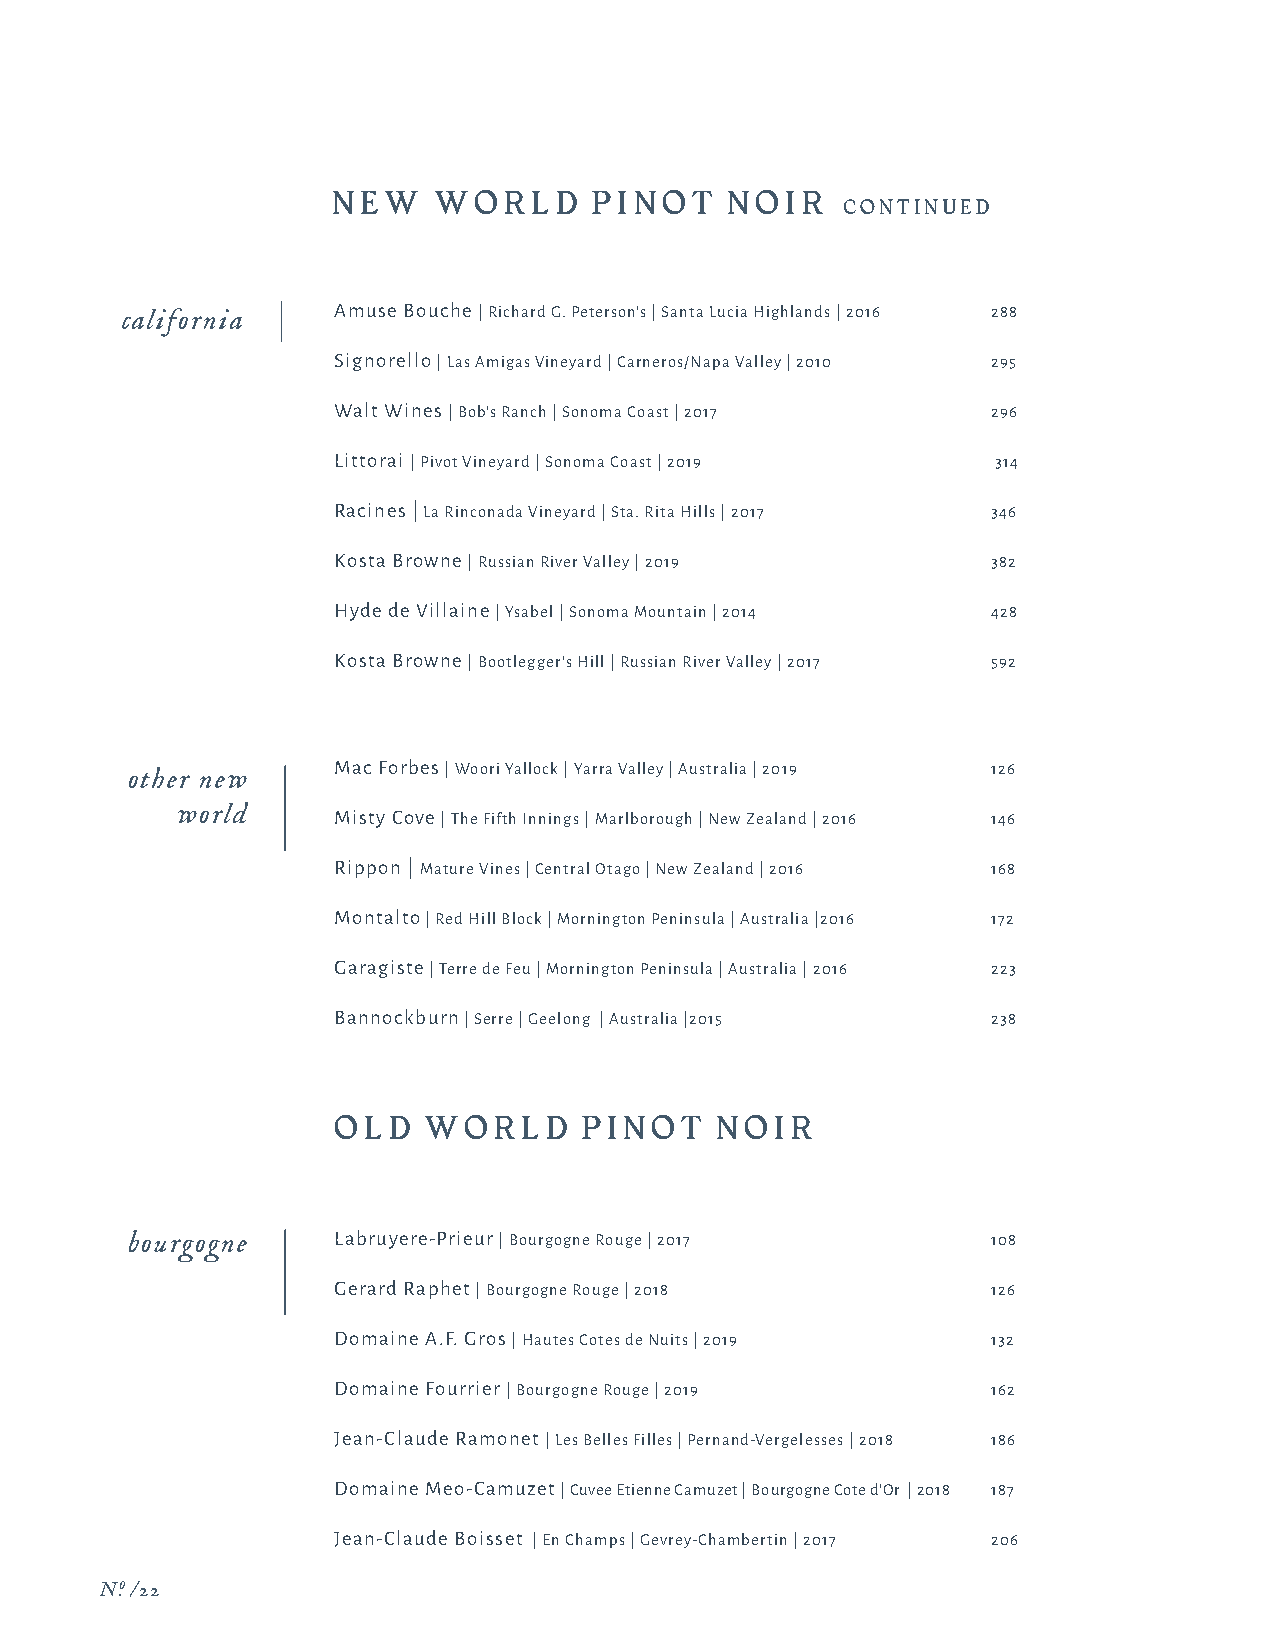
N E W  WOR   LD  PI N O T N OI R
 CONTINUED
 california    Amuse Bouche | Richard G. Peterson's | Santa Lucia Highlands | 2016 288
 Signorello | Las Amigas Vineyard | Carneros/Napa Valley | 2010 295
 Walt Wines | Bob's Ranch | Sonoma Coast | 2017 296
 Littorai | Pivot Vineyard | Sonoma Coast | 2019 314
 Racines | La Rinconada Vineyard | Sta. Rita Hills | 2017 346
 Kosta Browne | Russian River Valley | 2019  382
 Hyde de Villaine | Ysabel | Sonoma Mountain | 2014 428
 Kosta Browne | Bootlegger's Hill | Russian River Valley | 2017 592
 Mac Forbes | Woori Yallock | Yarra Valley | Australia | 2019 126
 other new
 world     Misty Cove | The Fifth Innings | Marlborough | New Zealand | 2016 146
 Rippon | Mature Vines | Central Otago | New Zealand | 2016 168
 Montalto | Red Hill Block | Mornington Peninsula | Australia |2016 172
 Garagiste | Terre de Feu | Mornington Peninsula | Australia | 2016 223
 Bannockburn | Serre | Geelong | Australia |2015 238
 OLD   WOR   LD   PI N O T N OI R
 bourgogne     Labruyere-Prieur | Bourgogne Rouge | 2017   108
 Gerard Raphet | Bourgogne Rouge | 2018      126
 Domaine A.F. Gros | Hautes Cotes de Nuits | 2019 132
 Domaine Fourrier | Bourgogne Rouge | 2019   162
 Jean-Claude Ramonet | Les Belles Filles | Pernand-Vergelesses | 2018 186
 Domaine Meo-Camuzet | Cuvee Etienne Camuzet | Bourgogne Cote d'Or | 2018 187
 Jean-Claude Boisset | En Champs | Gevrey-Chambertin | 2017 206
 N.o /22